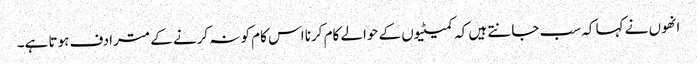
انھوں نے کہا کہ سب جانتے ہیں کہ کمیٹیوں کے حوالے کام کرنا اس کام کو نہ کرنے کے مترادف ہوتا ہے۔